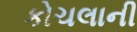
કોચલાની